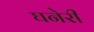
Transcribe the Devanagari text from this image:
घनेरी